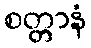
စတ္တာနံ